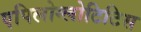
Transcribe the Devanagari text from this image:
एपिलोग्लोटिटिस